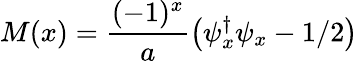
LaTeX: M(x)=\frac{(-1)^{x}}{a}\left(\psi_{x}^{\dagger}\psi_{x}-1/2\right)